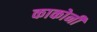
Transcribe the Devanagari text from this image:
काकोनी